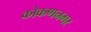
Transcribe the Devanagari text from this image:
कोकणनगर